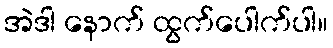
အဲဒါ နောက် ထွက်ပေါက်ပါ။